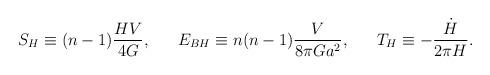
LaTeX: \begin{align*}S_H\equiv (n-1){{HV}\over{4G}},\ \ \ \ \ E_{BH}\equiv n(n-1){V\over{8\pi Ga^2}},\ \ \ \ \ T_H\equiv -{\dot{H}\over{2\pi H}}.\end{align*}